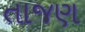
તાજણ